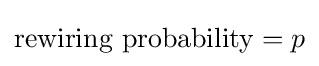
{\text{rewiring probability}}=p